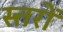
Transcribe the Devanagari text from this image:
स्त्तरों